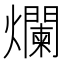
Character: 爛